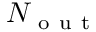
N _ { \mathrm { ~ o ~ u ~ t ~ } }